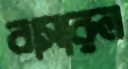
বাসারুল